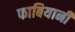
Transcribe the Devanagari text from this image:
फाबियानी